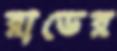
রাডের